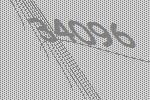
34096